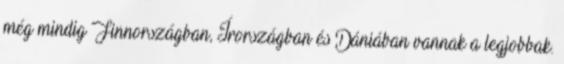
még mindig Finnországban, Írországban és Dániában vannak a legjobbak.